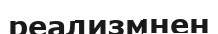
реализмнен